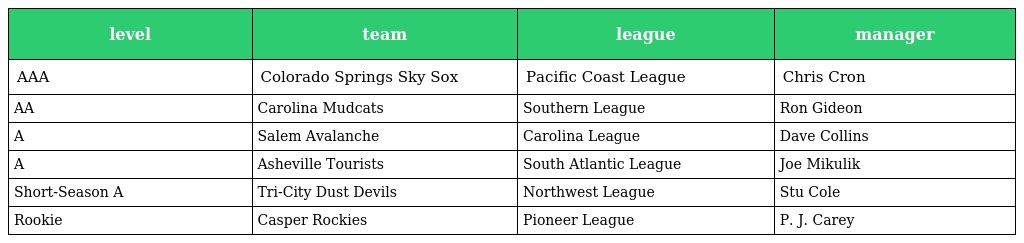
| level | team | league | manager |
 | --- | --- | --- | --- |
 | AAA | Colorado Springs Sky Sox | Pacific Coast League | Chris Cron |
 | AA | Carolina Mudcats | Southern League | Ron Gideon |
 | A | Salem Avalanche | Carolina League | Dave Collins |
 | A | Asheville Tourists | South Atlantic League | Joe Mikulik |
 | Short-Season A | Tri-City Dust Devils | Northwest League | Stu Cole |
 | Rookie | Casper Rockies | Pioneer League | P. J. Carey |